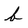
Character: b